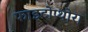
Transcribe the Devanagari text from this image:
फाइटोप्थोरा